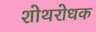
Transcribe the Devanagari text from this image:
शोथरोधक